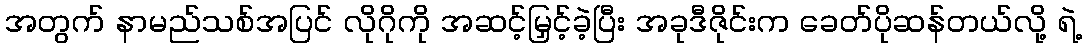
အတွက် နာမည်သစ်အပြင် လိုဂိုကို အဆင့်မြှင့်ခဲ့ပြီး အခုဒီဇိုင်းက ခေတ်ပိုဆန်တယ်လို့ ရဲ့